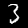
Digit: 3